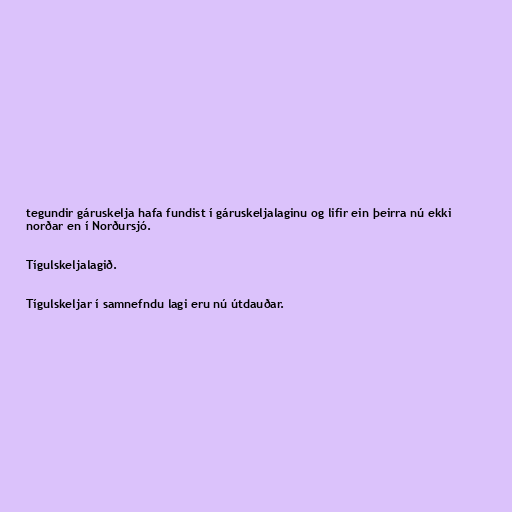
tegundir gáruskelja hafa fundist í gáruskeljalaginu og lifir ein þeirra nú ekki
norðar en í Norðursjó.

Tígulskeljalagið.

Tígulskeljar í samnefndu lagi eru nú útdauðar.